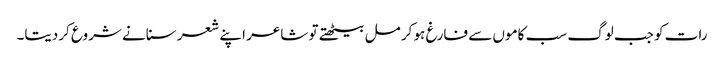
رات کو جب لوگ سب کاموں سے فارغ ہو کر مل بیٹھتے تو شاعر اپنے شعر سنانے شروع کردیتا۔